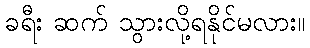
ခရီး ဆက် သွားလို့ရနိုင်မလား။